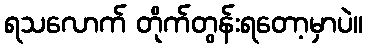
ရသလောက် တိုက်တွန်းရတော့မှာပဲ။